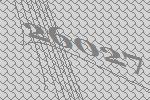
26027